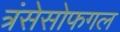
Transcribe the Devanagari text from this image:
त्रंसेसोफगल